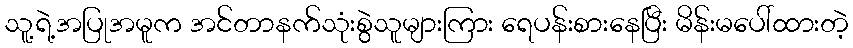
သူ့ရဲ့အပြုအမူက အင်တာနက်သုံးစွဲသူများကြား ရေပန်းစားနေပြီး မိန်းမပေါ်ထားတဲ့